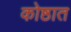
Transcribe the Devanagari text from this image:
कोष्ठात